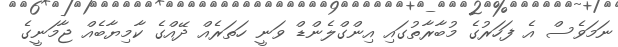
ނަމަވެސް އެ ފަހަރުގެ މުބާރާތުގައި އިންގްލެންޑް ވަނީ ހަތަރެއް ދޭއްގެ ކާމިޔާބެއް ޖާމަނީގެ